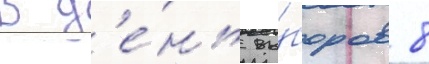
В д'е́нь вы́боров 8